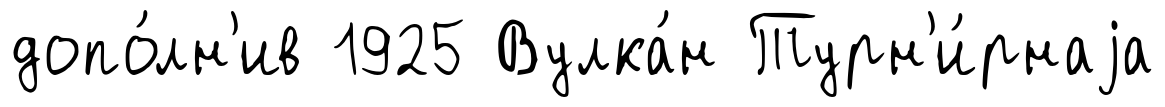
допо́лн'ив 1925 Вулка́н Турн'и́рнаjа